Scottish Leaving Certificate Examination, 1959
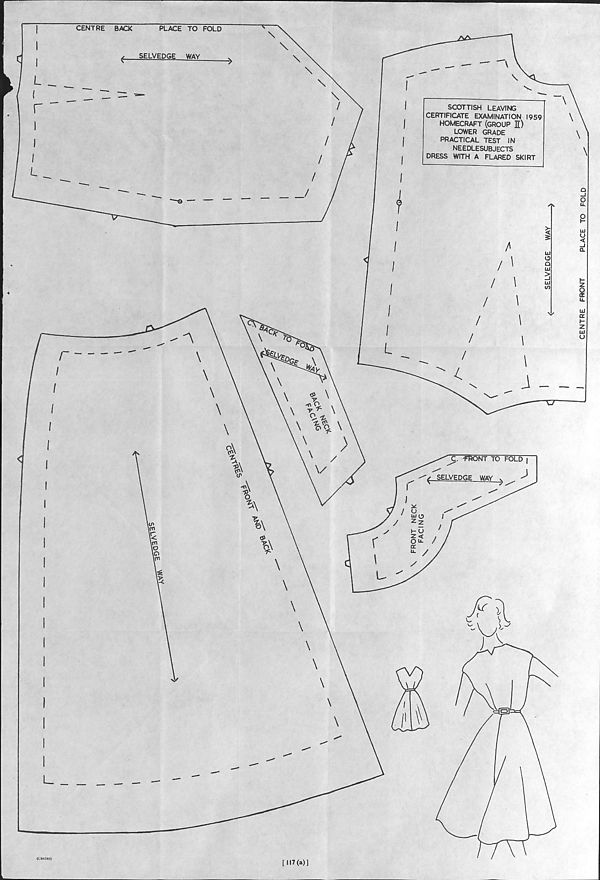
(C64340)
[117(a)]
CENTRE FRONT
PLACE TO FOLD